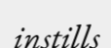
instills